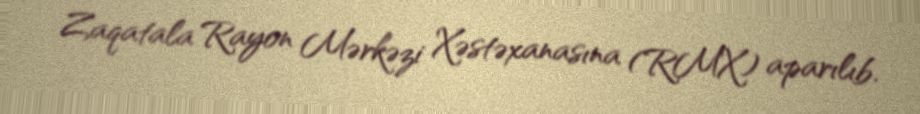
Zaqatala Rayon Mərkəzi Xəstəxanasına (RMX) aparılıb.